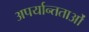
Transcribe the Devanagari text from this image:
अपर्यान्तताओं